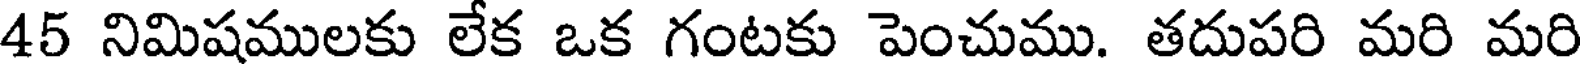
45 నిమిషములకు లేక ఒక గంటకు పెంచుము. తదుపరి మరి మరి